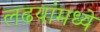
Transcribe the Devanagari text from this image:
लढयांमध्ये